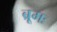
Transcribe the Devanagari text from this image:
ब्रूमः